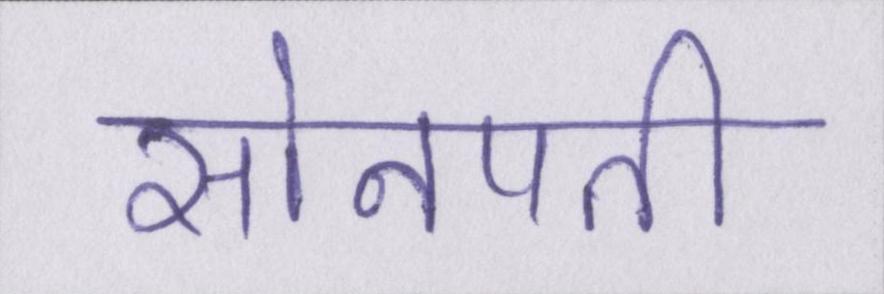
सोनपती